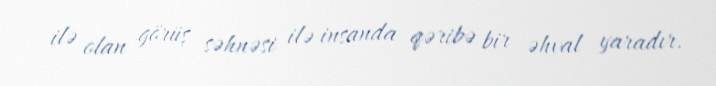
ilə olan görüş səhnəsi ilə insanda qəribə bir əhval yaradır.